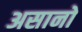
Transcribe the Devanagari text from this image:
असानो